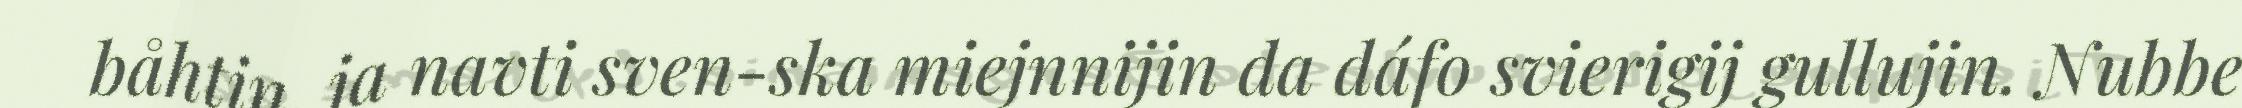
båhtin, ja navti sven-ska miejnnijin da dáfo svierigij gullujin. Nubbe